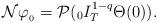
LaTeX: \begin{align*}\mathcal{N} \varphi_{_{0}} = \mathcal{P}({}_{0}I_{T}^{1-q}\Theta(0)).\end{align*}